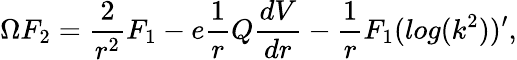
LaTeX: \Omega F_{2}=\frac{2}{r^{2}}F_{1}-e\frac{1}{r}Q\frac{dV}{dr}-\frac{1}{r}F_{1}(log(k^{2}))^{\prime},